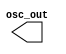
module ring_oscillator #(
    parameter delay = 10.4167)(
    output wire osc_out
);
    reg n1, n2, n3, n4;
    
    initial begin
        n1 = 0;
    end

    always @(n1) begin
        #delay n2 = ~n1;
    end

    always @(n2) begin
        #delay n3 = ~n2;
    end

    always @(n3) begin
        #delay n4 = ~n3;
    end

    always @(n4) begin
        n1 = n4;
    end

    assign osc_out = n4;
endmodule